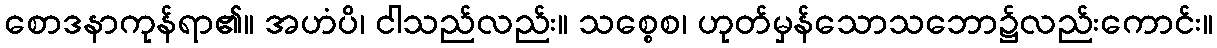
စောဒနာကုန်ရာ၏။ အဟံပိ၊ ငါသည်လည်း။ သစ္စေစ၊ ဟုတ်မှန်သောသဘော၌လည်းကောင်း။